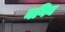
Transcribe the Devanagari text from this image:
नगिन